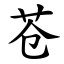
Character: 苍